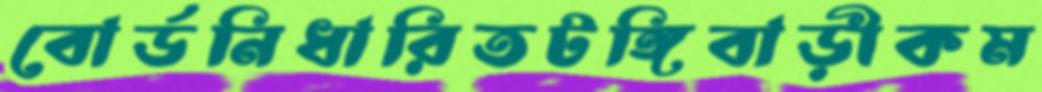
বোর্ডনিধারিতটঙ্গিবাড়ীকম